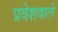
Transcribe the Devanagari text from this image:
प्रवेशवाले